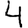
Digit: 4